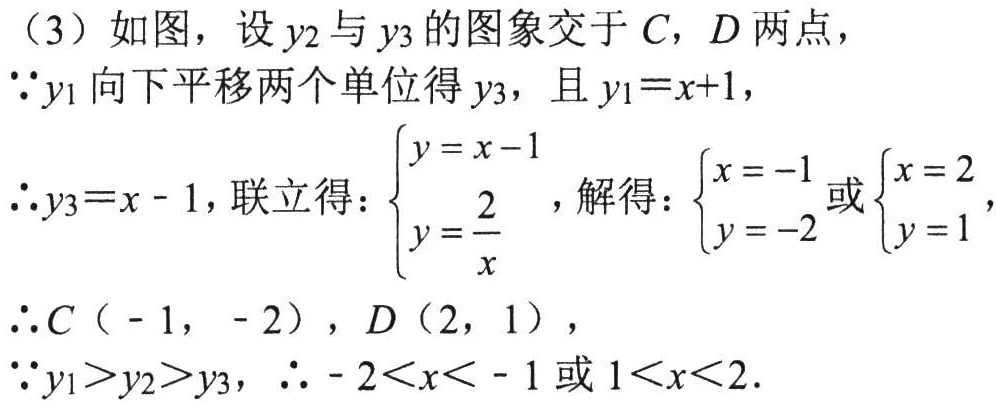
（3）如图，设\(y_{2}\)与\(y_{3}\)的图象交于\(C\)，\(D\)两点，
\(\because y_{1}\)向下平移两个单位得\(y_{3}\)，且\(y_{1}=x + 1\)，
\(\therefore y_{3}=x - 1\)，联立得：\(\begin{cases}y = x - 1\\y=\dfrac{2}{x}\end{cases}\)，解得：\(\begin{cases}x = - 1\\y = - 2\end{cases}\)或\(\begin{cases}x = 2\\y = 1\end{cases}\)，
\(\therefore C(-1,-2)\)，\(D(2,1)\)，
\(\because y_{1}>y_{2}>y_{3}\)，\(\therefore - 2<x<-1\)或\(1<x<2\)．